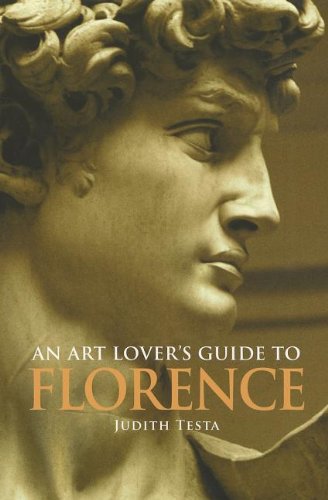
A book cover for An Art Lover's Guide to Florence; Judith Testa; Travel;